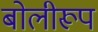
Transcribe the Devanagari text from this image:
बोलीरूप